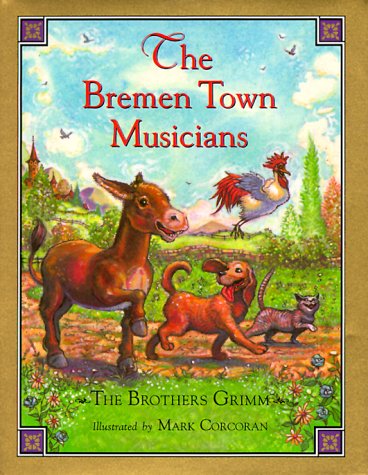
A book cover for The Bremen Town Musicians (Children's Classics); Children's Books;